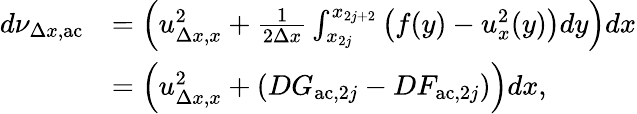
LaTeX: \begin{array}{rl}{d\nu_{\Delta x,\mathrm{ac}}}&{=\left(u_{\Delta x,x}^{2}+\frac{1}{2\Delta x}\int_{x_{2j}}^{x_{2j+2}}\left(f(y)-u_{x}^{2}(y)\right)dy\right)dx}\\ &{=\left(u_{\Delta x,x}^{2}+\left(DG_{\mathrm{ac},2j}-DF_{\mathrm{ac},2j}\right)\right)dx,}\end{array}